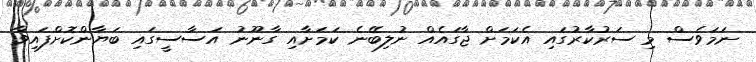
ނަމަވެސް މި ސަރުކާރުގައި އެކަމަށް ޖާގައެއް ނުލިބޭނެ ކަމަށާއި ގާނޫނު އަސާސީގައި ބަޔާންކޮށްފައިވާ